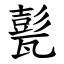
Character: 甏